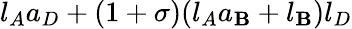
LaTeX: l_{A}a_{D}+(1+\sigma)(l_{A}a_{\mathbf{B}}+l_{\mathbf{B}})l_{D}